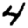
Digit: 4